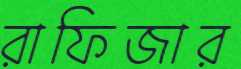
রাফিজার